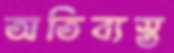
অতিব্যস্ত